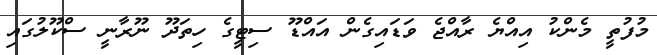
މުފުތީ މެންކު އިއްޔެ ރާއްޖެ ވަޑައިގެން އައްްޑޫ ސިޓީގެ ހިތަދޫ ނޫރާނީ ސްކޫލުގައި